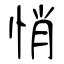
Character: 悄